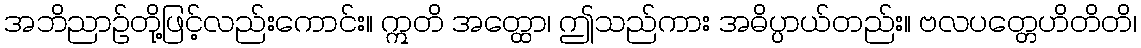
အဘိညာဉ်တို့ဖြင့်လည်းကောင်း။ ဣတိ အတ္ထော၊ ဤသည်ကား အဓိပ္ပာယ်တည်း။ ဗလပတ္တေဟိတိတိ၊